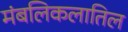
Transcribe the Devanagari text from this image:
मंबलिकलातिल